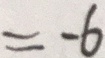
= - 6